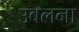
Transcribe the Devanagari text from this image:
उबलना